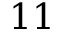
1 1